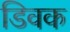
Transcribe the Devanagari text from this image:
डिवक